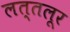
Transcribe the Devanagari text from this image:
लत्तलूर